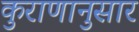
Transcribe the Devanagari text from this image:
कुराणानुसार